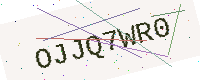
Text: OJJQ7WR0